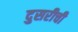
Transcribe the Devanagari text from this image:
दुसरीची